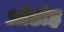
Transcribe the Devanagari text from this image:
ओडीह